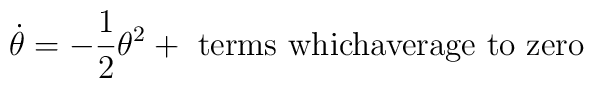
\dot{\theta} = - \frac{1}{2} \theta^2 + \mbox{ terms whichaverage to zero}